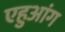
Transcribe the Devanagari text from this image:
एहुआंग